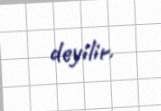
deyilir.